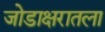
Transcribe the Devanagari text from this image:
जोडाक्षरातला